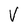
Character: V